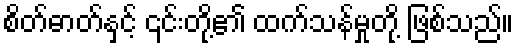
စိတ်ဓာတ်နှင့် ၎င်းတို့၏ ထက်သန်မှုတို့ ဖြစ်သည်။